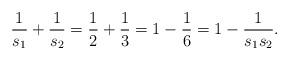
LaTeX: \begin{align*}\frac{1}{s_1} + \frac{1}{s_2}= \frac{1}{2} + \frac{1}{3} = 1- \frac{1}{6} = 1 - \frac{1}{s_1s_2}.\end{align*}